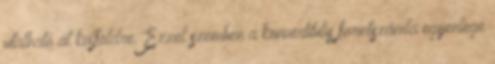
utalható át külföldre. Ezzel szemben a konvertibilis forintszámla egyenlege